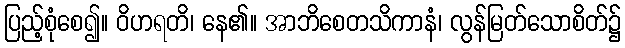
ပြည့်စုံစေ၍။ ဝိဟရတိ၊ နေ၏။ အာဘိစေတသိကာနံ၊ လွန်မြတ်သောစိတ်၌